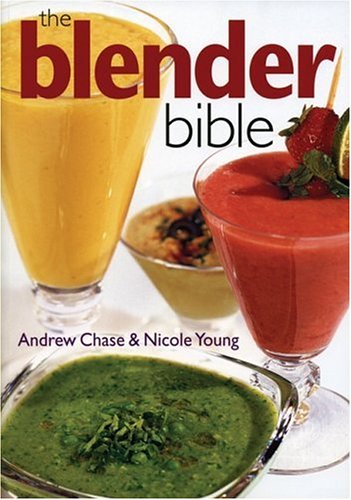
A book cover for The Blender Bible; Andrew Chase; Cookbooks, Food & Wine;